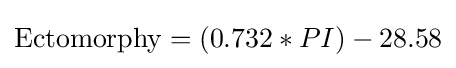
{\text{Ectomorphy}}=(0.732*PI)-28.58